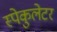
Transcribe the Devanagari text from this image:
स्पेकुलेटर